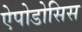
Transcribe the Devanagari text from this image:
ऐपोडोसिस